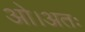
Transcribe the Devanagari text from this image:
ओ।अतः